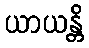
ယာယန္တိ